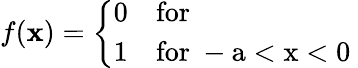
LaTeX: f(\mathbf{x})=\left\{ \begin{array}{ll}{{0}}&{{\mathrm{for~}}}\\ {{1}}&{{\mathrm{for~-a<x<0~}}}\end{array}\right.